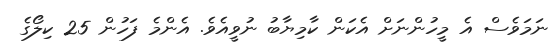
ނަމަވެސް އެ މީހުންނަށް އެކަން ކާމިޔާބު ނުވީއެވެ. އެންމެ ފަހުން 25 ކިލޯގެ